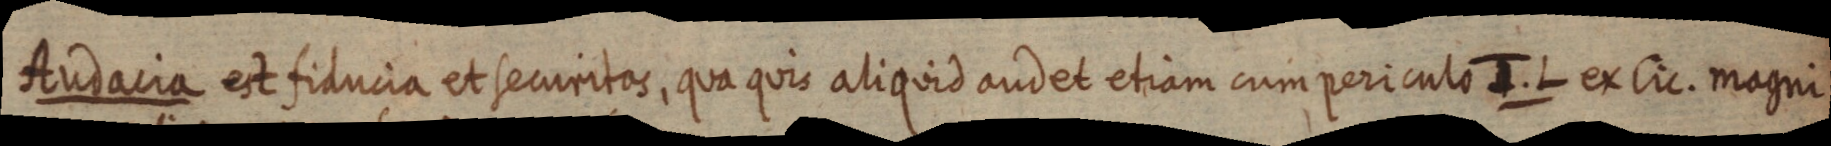
Audacia est fiducia et securitas, qua quis aliquid audet etiam cum periculo J. L ex Cic. magni